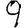
Digit: 9